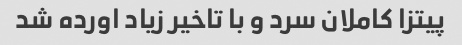
پیتزا کاملان سرد و با تاخیر زیاد اورده شد